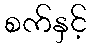
စက်နှင့်